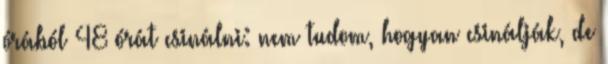
órából 48 órát csinálni: nem tudom, hogyan csinálják, de